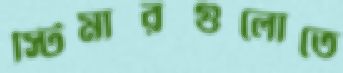
স্টিমারগুলোতে